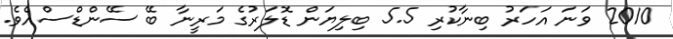
2010 ވަނަ އަހަރު ބިނާކުރި 5.5 ބިލިޔަން ޑޮލަރުގެ މަރީނާ ބޭ ސޭންޑްސްއެވެ.